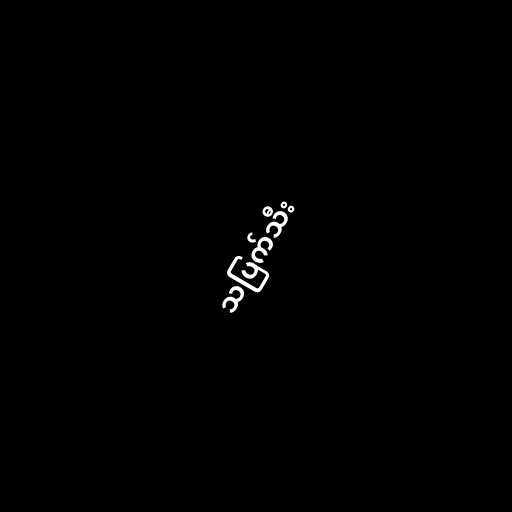
သပြက်သီး